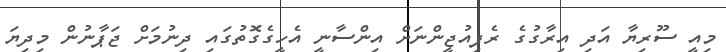
މިއީ ސޫރިޔާ އަދި އިރާގުގެ ރެފިއުޖީންނަށް އިންސާނީ އެހީގެގޮތުގައި ދިނުމަށް ޖަޕާނުން މިދިޔަ